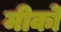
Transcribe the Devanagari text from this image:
मीको